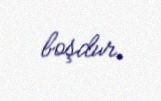
boşdur.